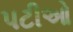
પટીઓ